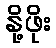
နို့ဖိုး